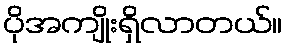
ပိုအကျိုးရှိလာတယ်။